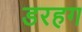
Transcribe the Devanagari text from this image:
डरहग